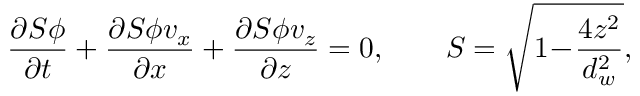
\frac { \partial S \phi } { \partial t } + \frac { \partial S \phi v _ { x } } { \partial x } + \frac { \partial S \phi v _ { z } } { \partial z } = 0 , \qquad S = \sqrt { 1 \! - \! \frac { 4 z ^ { 2 } } { d _ { w } ^ { 2 } } } ,